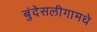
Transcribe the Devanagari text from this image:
बुंदेसलीगामधे